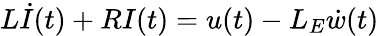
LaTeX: L\dot{I}(t)+RI(t)=u(t)-L_{E}\dot{w}(t)